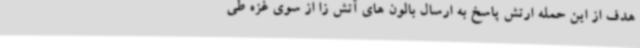
هدف از این حمله ارتش پاسخ به ارسال بالون های آتش زا از سوی غزه طی